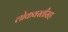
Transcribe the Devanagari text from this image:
लोकवस्तीसह